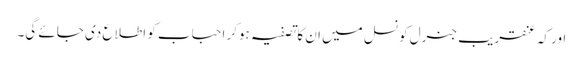
اور کہ عنقریب جنرل کونسل میں ان کا تصفیہ ہوکر احباب کو اطلاع دی جائے گی۔